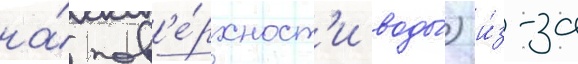
на́ пов'е́рхност'и воды́) и́з-за